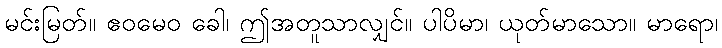
မင်းမြတ်။ ဧဝမေဝ ခေါ၊ ဤအတူသာလျှင်။ ပါပိမာ၊ ယုတ်မာသော။ မာရော၊